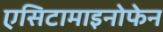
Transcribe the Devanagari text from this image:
एसिटामाइनोफेन